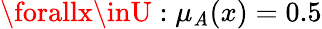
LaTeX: \forallx\inU:\mu_{\mathit{A}}(x)=0.5